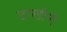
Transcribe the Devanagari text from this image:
टारडीनी